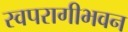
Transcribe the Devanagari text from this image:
स्वपरागीभवन